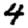
Digit: 4